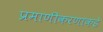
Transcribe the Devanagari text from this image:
प्रमाणीकरणाकडे